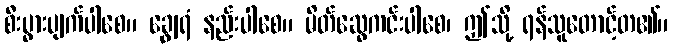
စီးပွားပျက်ပါစေ။ ချွေရံ နည်းပါစေ။ မိတ်ဆွေကင်းပါစေ၊ ဤသို့ ရန်သူတောင့်တ၏။